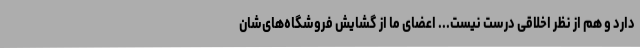
دارد و هم از نظر اخلاقی درست نیست... اعضای ما از گشایش فروشگاه‌های‌شان